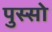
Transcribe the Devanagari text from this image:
पुस्सो